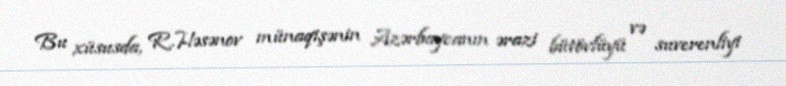
Bu xüsusda, R.Həsənov münaqişənin Azərbaycanın ərazi bütövlüyü və suverenliyi